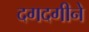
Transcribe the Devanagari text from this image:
दगदगीने